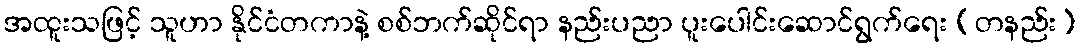
အထူးသဖြင့် သူဟာ နိုင်ငံတကာနဲ့ စစ်ဘက်ဆိုင်ရာ နည်းပညာ ပူးပေါင်းဆောင်ရွက်ရေး (တနည်း)